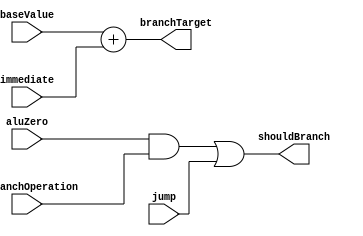
module BranchUnit(
  input aluZero,
  input isBranchOperation,
  input jump,
  input [31:0] baseValue,
  input [31:0] immediate,
  output shouldBranch,
  output [31:0] branchTarget
);

assign shouldBranch = (aluZero && isBranchOperation) || jump;
assign branchTarget = baseValue + immediate;

endmodule